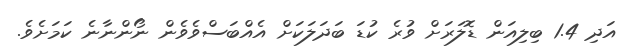
އަދި 1.4 ބިލިއަން ޑޮލަރަށް ވުރެ ކުޑަ ބަދަލަކަށް އެއްބަސްވެވެން ނޯންނާނެ ކަމަށެވެ.